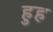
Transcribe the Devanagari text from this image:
हुह